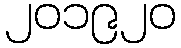
၂၀၁၉၂၀